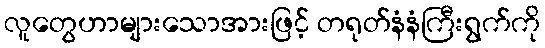
လူတွေဟာများသောအားဖြင့် တရုတ်နံနံကြီးရွက်ကို